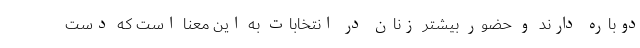
دوباره دارند و حضور بیشتر زنان در انتخابات به این معنا است که دست